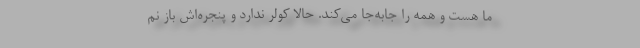
ما هست و همه را جابه‌جا می‌کند. حالا کولر ندارد و پنجره‌اش باز نم